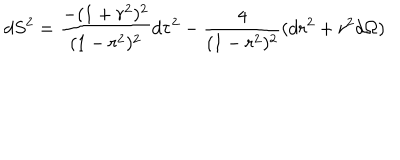
d S ^ { 2 } = { \frac { - ( 1 + r ^ { 2 } ) ^ { 2 } } { ( 1 - r ^ { 2 } ) ^ { 2 } } } d \tau ^ { 2 } - { \frac { 4 } { ( 1 - r ^ { 2 } ) ^ { 2 } } } ( d r ^ { 2 } + r ^ { 2 } d \Omega )